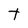
Character: t